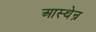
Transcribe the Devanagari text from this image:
आस्थेन्र